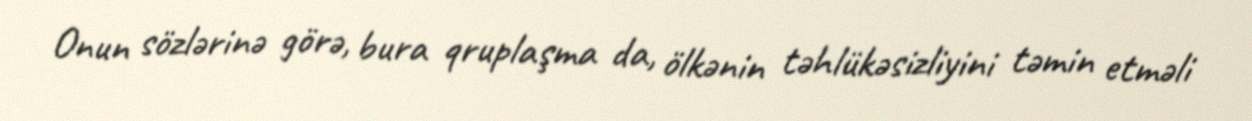
Onun sözlərinə görə, bura qruplaşma da, ölkənin təhlükəsizliyini təmin etməli